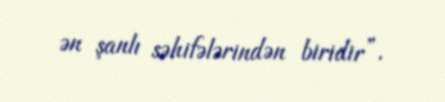
ən şanlı səhifələrindən biridir”.